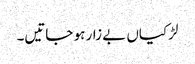
لڑکیاں بے زار ہو جاتیں۔